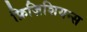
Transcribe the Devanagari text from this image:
फ़िज़िशियन्स